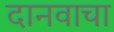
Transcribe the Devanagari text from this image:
दानवाचा